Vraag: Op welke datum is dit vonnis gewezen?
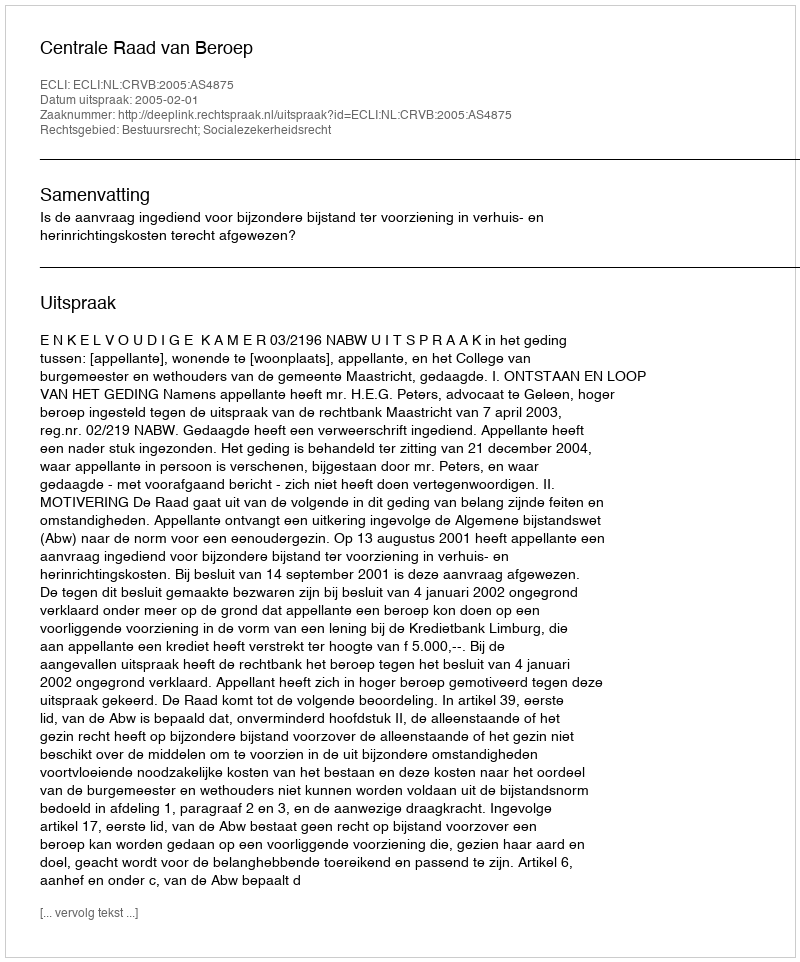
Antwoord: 2005-02-01